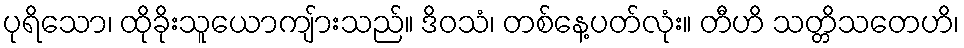
ပုရိသော၊ ထိုခိုးသူယောကျ်ားသည်။ ဒိဝသံ၊ တစ်နေ့ပတ်လုံး။ တီဟိ သတ္တိသတေဟိ၊